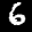
Label: 6